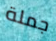
جملة